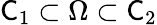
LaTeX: \mathsf C_{1}\subset\Omega\subset\mathsf C_{2}